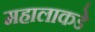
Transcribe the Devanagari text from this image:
महालाकडे